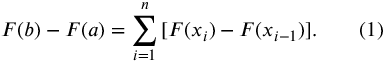
F ( b ) - F ( a ) = \sum _ { i = 1 } ^ { n } \, [ F ( x _ { i } ) - F ( x _ { i - 1 } ) ] . \qquad ( 1 )